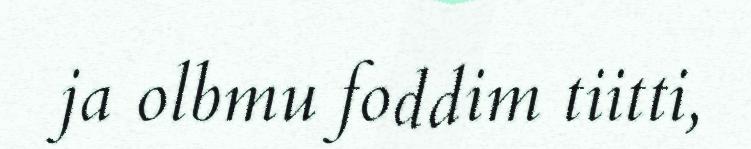
ja olbmu foddim tiitti,